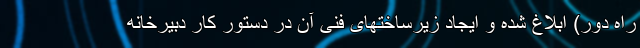
راه دور) ابلاغ شده و ایجاد زیرساختهای فنی آن در دستور کار دبیرخانه